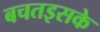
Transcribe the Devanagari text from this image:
बचतइसके